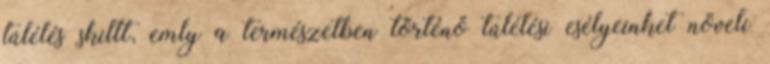
túlélés skillt, emly a természetben történő túlélési esélyeinket növeli